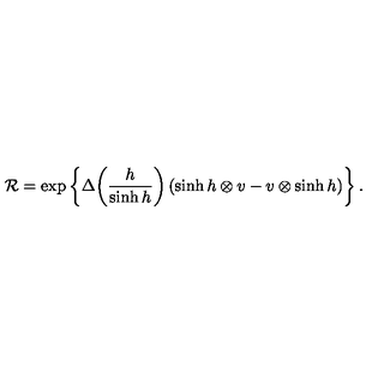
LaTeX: { \cal R } = \exp \left\{ \Delta \! \left( \frac { h } { \sinh h } \right) ( \sinh h \otimes v - v \otimes \sinh h ) \right\} .